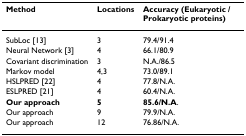
| Method | Locations | Accuracy (Eukaryotic / Prokaryotic proteins) |
 | --- | --- | --- |
 | SubLoc [13] | 3 | 79.4/91.4 |
 | Neural Network [3] | 4 | 66.1/80.9 |
 | Covariant discrimination | 3 | N.A./86.5 |
 | Markov model | 4,3 | 73.0/89.1 |
 | HSLPRED [22] | 4 | 77.8/N.A. |
 | ESLPRED [21] | 4 | 60.4/N.A. |
 | Our approach | 5 | 85.6/N.A. |
 | Our approach | 9 | 79.9/N.A. |
 | Our approach | 12 | 76.86/N.A. |